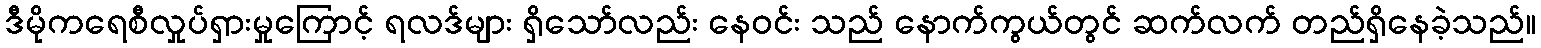
ဒီမိုကရေစီလှုပ်ရှားမှုကြောင့် ရလဒ်များ ရှိသော်လည်း နေဝင်း သည် နောက်ကွယ်တွင် ဆက်လက် တည်ရှိနေခဲ့သည်။